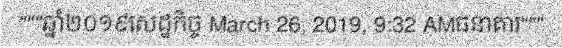
"""ឆ្នាំ២០១៩សេដ្ឋកិច្ច March 26, 2019, 9:32 AMធនាគារ"""